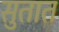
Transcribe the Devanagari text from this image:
सुतात